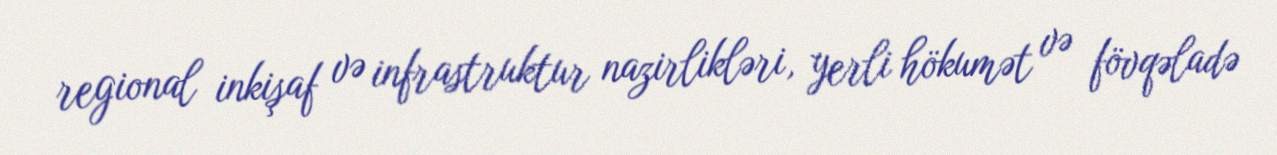
regional inkişaf və infrastruktur nazirlikləri, yerli hökumət və fövqəladə